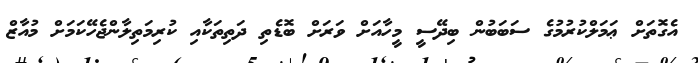
އެގޮތަށް ޢަމަލްކުުރުމުގެ ސަބަބުން ބިދޭސީ މީހާއަށް ވަރަށް ބޮޑެތި ދަތިތަކާއި ކުރިމަތިލާންޖެހޭކަމަށް މުއާޒް